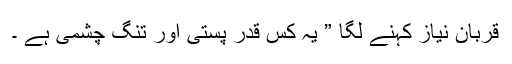
قربان نیاز کہنے لگا ” یہ کس قدر پستی اور تنگ چشمی ہے ۔